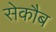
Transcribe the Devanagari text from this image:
सेकौब